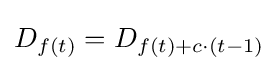
D_{f(t)}=D_{f(t)+c\cdot (t-1)}